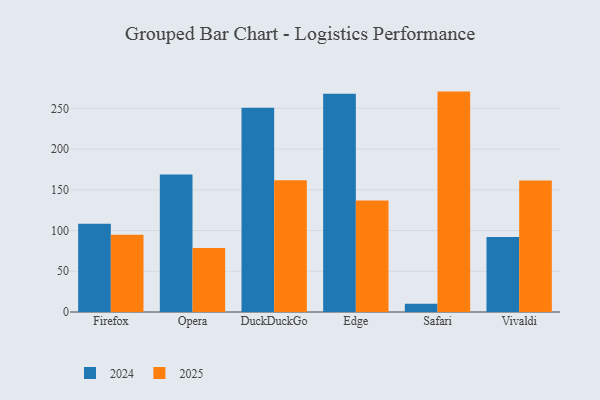
{"axis": {"x": "Browser", "y": "Budget (USD K)"}, "legend": ["2024", "2025"], "data": [{"x": "Firefox", "y": 94.8, "type": "2025"}, {"x": "Firefox", "y": 108.2, "type": "2024"}, {"x": "Opera", "y": 78.7, "type": "2025"}, {"x": "Opera", "y": 168.7, "type": "2024"}, {"x": "DuckDuckGo", "y": 161.7, "type": "2025"}, {"x": "DuckDuckGo", "y": 250.8, "type": "2024"}, {"x": "Edge", "y": 137.0, "type": "2025"}, {"x": "Edge", "y": 268.0, "type": "2024"}, {"x": "Safari", "y": 270.6, "type": "2025"}, {"x": "Safari", "y": 10.2, "type": "2024"}, {"x": "Vivaldi", "y": 161.6, "type": "2025"}, {"x": "Vivaldi", "y": 92.1, "type": "2024"}]}